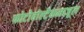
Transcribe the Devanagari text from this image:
फोटोवोल्टैकमाजूल